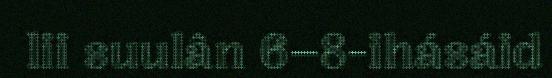
lii suulân 6–8-ihásáid